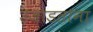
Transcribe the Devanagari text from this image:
उजाडताना